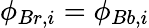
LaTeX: \phi_{Br,i}=\phi_{Bb,i}